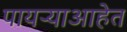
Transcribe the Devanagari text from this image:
पायऱ्याआहेत